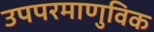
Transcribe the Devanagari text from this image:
उपपरमाणुविक